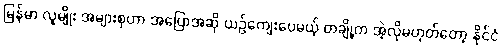
မြန်မာ လူမျိုး အများစုဟာ အပြောအဆို ယဉ်ကျေးပေမယ့် တချို့က အဲ့လိုမဟုတ်တော့ နိုင်ငံ